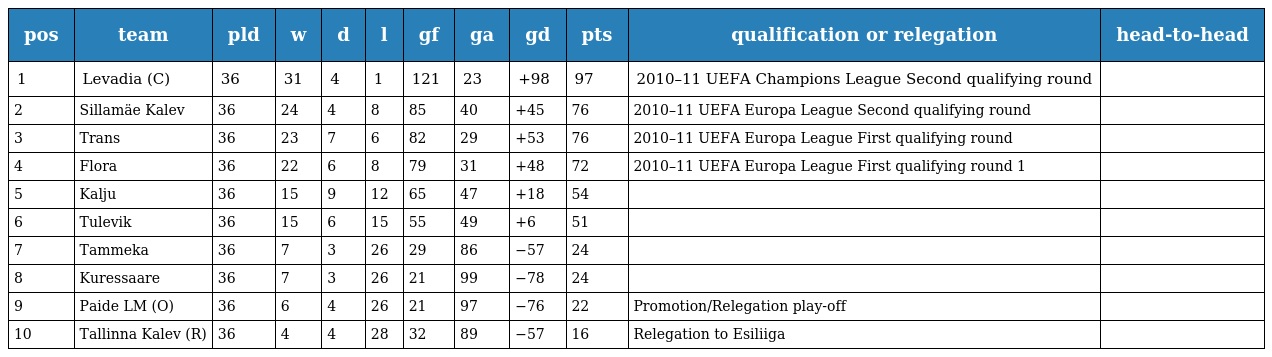
| pos | team | pld | w | d | l | gf | ga | gd | pts | qualification or relegation | head-to-head |
 | --- | --- | --- | --- | --- | --- | --- | --- | --- | --- | --- | --- |
 | 1 | Levadia (C) | 36 | 31 | 4 | 1 | 121 | 23 | +98 | 97 | 2010–11 UEFA Champions League Second qualifying round |  |
 | 2 | Sillamäe Kalev | 36 | 24 | 4 | 8 | 85 | 40 | +45 | 76 | 2010–11 UEFA Europa League Second qualifying round |  |
 | 3 | Trans | 36 | 23 | 7 | 6 | 82 | 29 | +53 | 76 | 2010–11 UEFA Europa League First qualifying round |  |
 | 4 | Flora | 36 | 22 | 6 | 8 | 79 | 31 | +48 | 72 | 2010–11 UEFA Europa League First qualifying round 1 |  |
 | 5 | Kalju | 36 | 15 | 9 | 12 | 65 | 47 | +18 | 54 |  |  |
 | 6 | Tulevik | 36 | 15 | 6 | 15 | 55 | 49 | +6 | 51 |  |  |
 | 7 | Tammeka | 36 | 7 | 3 | 26 | 29 | 86 | −57 | 24 |  |  |
 | 8 | Kuressaare | 36 | 7 | 3 | 26 | 21 | 99 | −78 | 24 |  |  |
 | 9 | Paide LM (O) | 36 | 6 | 4 | 26 | 21 | 97 | −76 | 22 | Promotion/Relegation play-off |  |
 | 10 | Tallinna Kalev (R) | 36 | 4 | 4 | 28 | 32 | 89 | −57 | 16 | Relegation to Esiliiga |  |